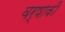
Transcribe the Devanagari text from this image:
वर्षाकी